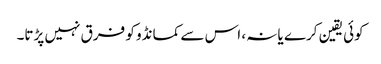
کوئی یقین کرے یا نہ، اس سے کمانڈو کو فرق نہیں پڑتا۔